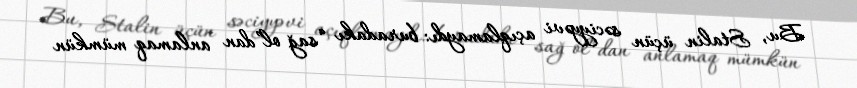
Bu, Stalin üçün səciyyəvi açıqlamaydı: buradakı “sağ ol”dan anlamaq mümkün